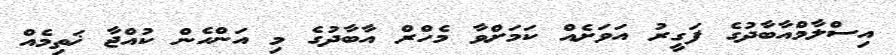
އިސްލާމްއާބާދުގެ ފަގީރު އަވަށެއް ކަމަށްވާ މެހްރް އާބާދުގެ މި އަންހެން ކުއްޖާ ޚަތިމެއް